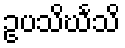
ဥပသိင်္ဃသိ